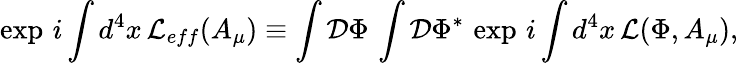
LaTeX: \exp\, i\int d^{4}x\, {\cal L}_{eff}(A_{\mu})\equiv\int{\cal D}\Phi\, \int{\cal D}\Phi^{*}\, \exp\, i\int d^{4}x\, {\cal L}(\Phi,A_{\mu}),